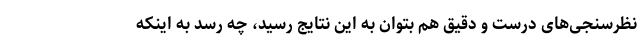
نظرسنجی‌های درست و دقیق هم بتوان به این نتایج رسید، چه رسد به اینکه